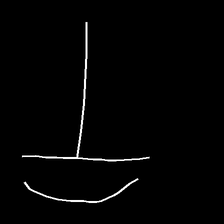
Glyph: dispersion